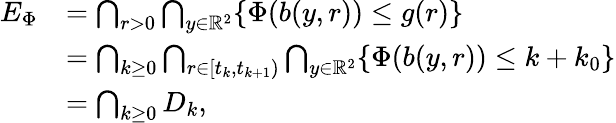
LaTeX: \begin{array}{rl}{E_{\Phi}}&{=\bigcap_{r>0}\bigcap_{y\in\mathbb{R}^{2}}\{ \Phi(b(y,r))\leq g(r)\} }\\ &{=\bigcap_{k\geq 0}\bigcap_{r\in[t_{k},t_{k+1})}\bigcap_{y\in\mathbb{R}^{2}}\{ \Phi(b(y,r))\leq k+k_{0}\} }\\ &{=\bigcap_{k\geq 0}D_{k},}\end{array}